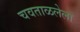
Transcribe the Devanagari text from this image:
चवताळलेला